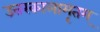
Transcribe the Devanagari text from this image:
उत्तरकालामृतम्